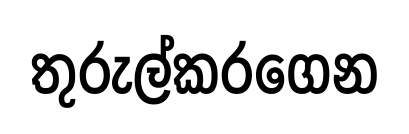
තුරුල්කරගෙන